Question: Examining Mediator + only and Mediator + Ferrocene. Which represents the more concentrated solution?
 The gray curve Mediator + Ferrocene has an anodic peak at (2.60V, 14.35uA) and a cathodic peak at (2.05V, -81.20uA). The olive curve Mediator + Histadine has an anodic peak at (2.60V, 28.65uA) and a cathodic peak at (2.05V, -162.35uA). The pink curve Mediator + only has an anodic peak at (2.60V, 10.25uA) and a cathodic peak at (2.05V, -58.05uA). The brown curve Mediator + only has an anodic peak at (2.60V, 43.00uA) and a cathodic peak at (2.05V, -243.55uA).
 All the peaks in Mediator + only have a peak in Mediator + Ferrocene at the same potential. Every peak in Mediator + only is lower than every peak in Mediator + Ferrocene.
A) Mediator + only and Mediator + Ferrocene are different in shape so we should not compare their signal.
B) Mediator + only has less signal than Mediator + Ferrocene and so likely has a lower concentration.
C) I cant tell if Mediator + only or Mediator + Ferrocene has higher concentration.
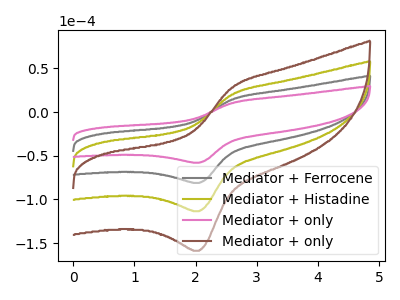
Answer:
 <answer>B) "Mediator + only" has less signal than "Mediator + Ferrocene" and so likely has a lower concentration.</answer>
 <eval>B</eval>